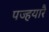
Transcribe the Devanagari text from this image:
पज्हयारै